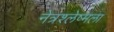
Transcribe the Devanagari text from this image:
नेत्रश्‍लेष्मला